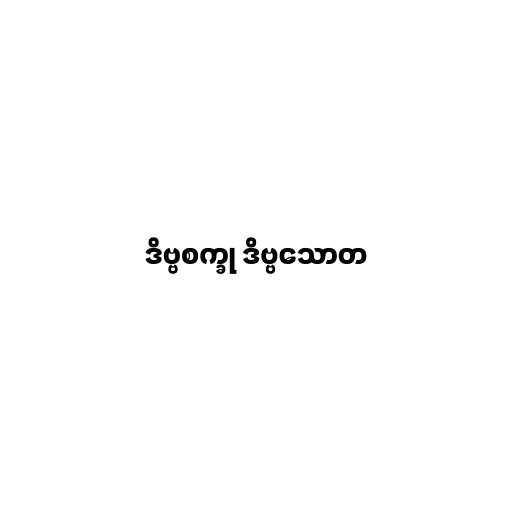
ဒိဗ္ဗစက္ခု ဒိဗ္ဗသောတ